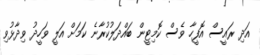
އަދި ރައީސް އޮފީހާ ވެސް ކޮމިޓީން ބައްދަލުކުރާނެ ކަމަށް އަލީ ވަހީދު ވިދާޅުވި